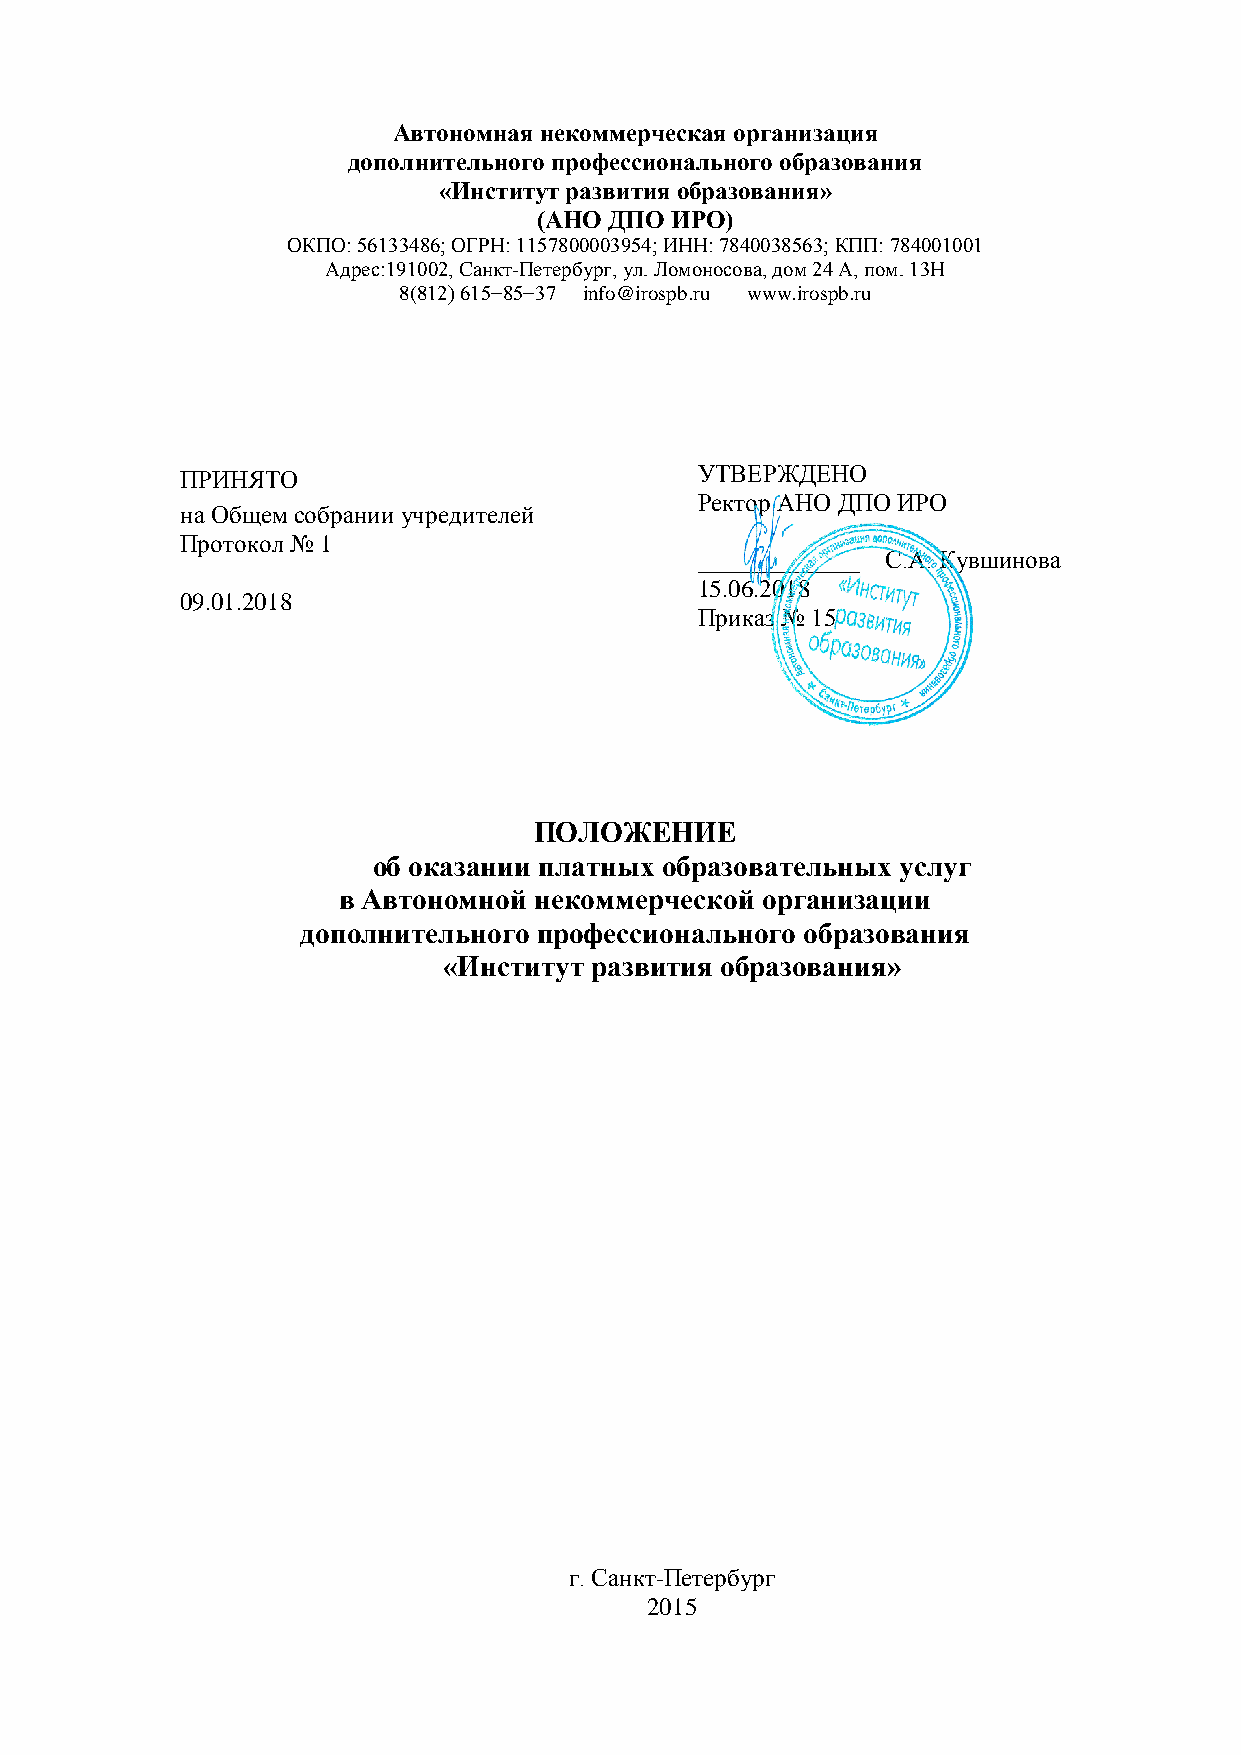
Автономная некоммерческая организация
 дополнительного профессионального образования
 «Институт развития образования»
 (АНО ДПО ИРО)
 ОКПО: 56133486; ОГРН: 1157800003954; ИНН: 7840038563; КПП: 784001001
 Адрес:191002, Санкт-Петербург, ул. Ломоносова, дом 24 А, пом. 13Н
 8(812) 615−85−37 info@irospb.ru www.irospb.ru
 ПРИНЯТО                           УТВЕРЖДЕНО
 Ректор АНО ДПО ИРО
 на Общем собрании учредителей
 Протокол № 1
 _____________ С.А. Кувшинова
 15.06.2018
 09.01.2018
 Приказ № 15
 ПОЛОЖЕНИЕ
 об оказании платных образовательных услуг
 в Автономной некоммерческой организации
 дополнительного профессионального образования
 «Институт развития образования»
 г. Санкт-Петербург
 2015